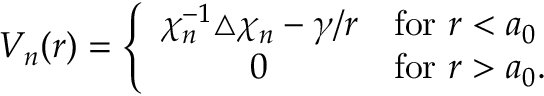
V _ { n } ( r ) = \left\{ \begin{array} { c l } { { \chi _ { n } ^ { - 1 } \triangle \chi _ { n } - \gamma / r } } & { { \mathrm { f o r } ~ r < a _ { 0 } } } \\ { { 0 } } & { { \mathrm { f o r } ~ r > a _ { 0 } . } } \end{array} \right.